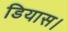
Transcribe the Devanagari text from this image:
डियास।